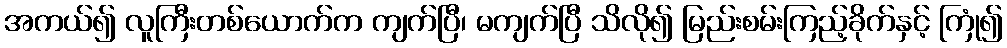
အကယ်၍ လူကြီးတစ်ယောက်က ကျက်ပြီ၊ မကျက်ပြီ သိလို၍ မြည်းစမ်းကြည့်ခိုက်နှင့် ကြုံ၍